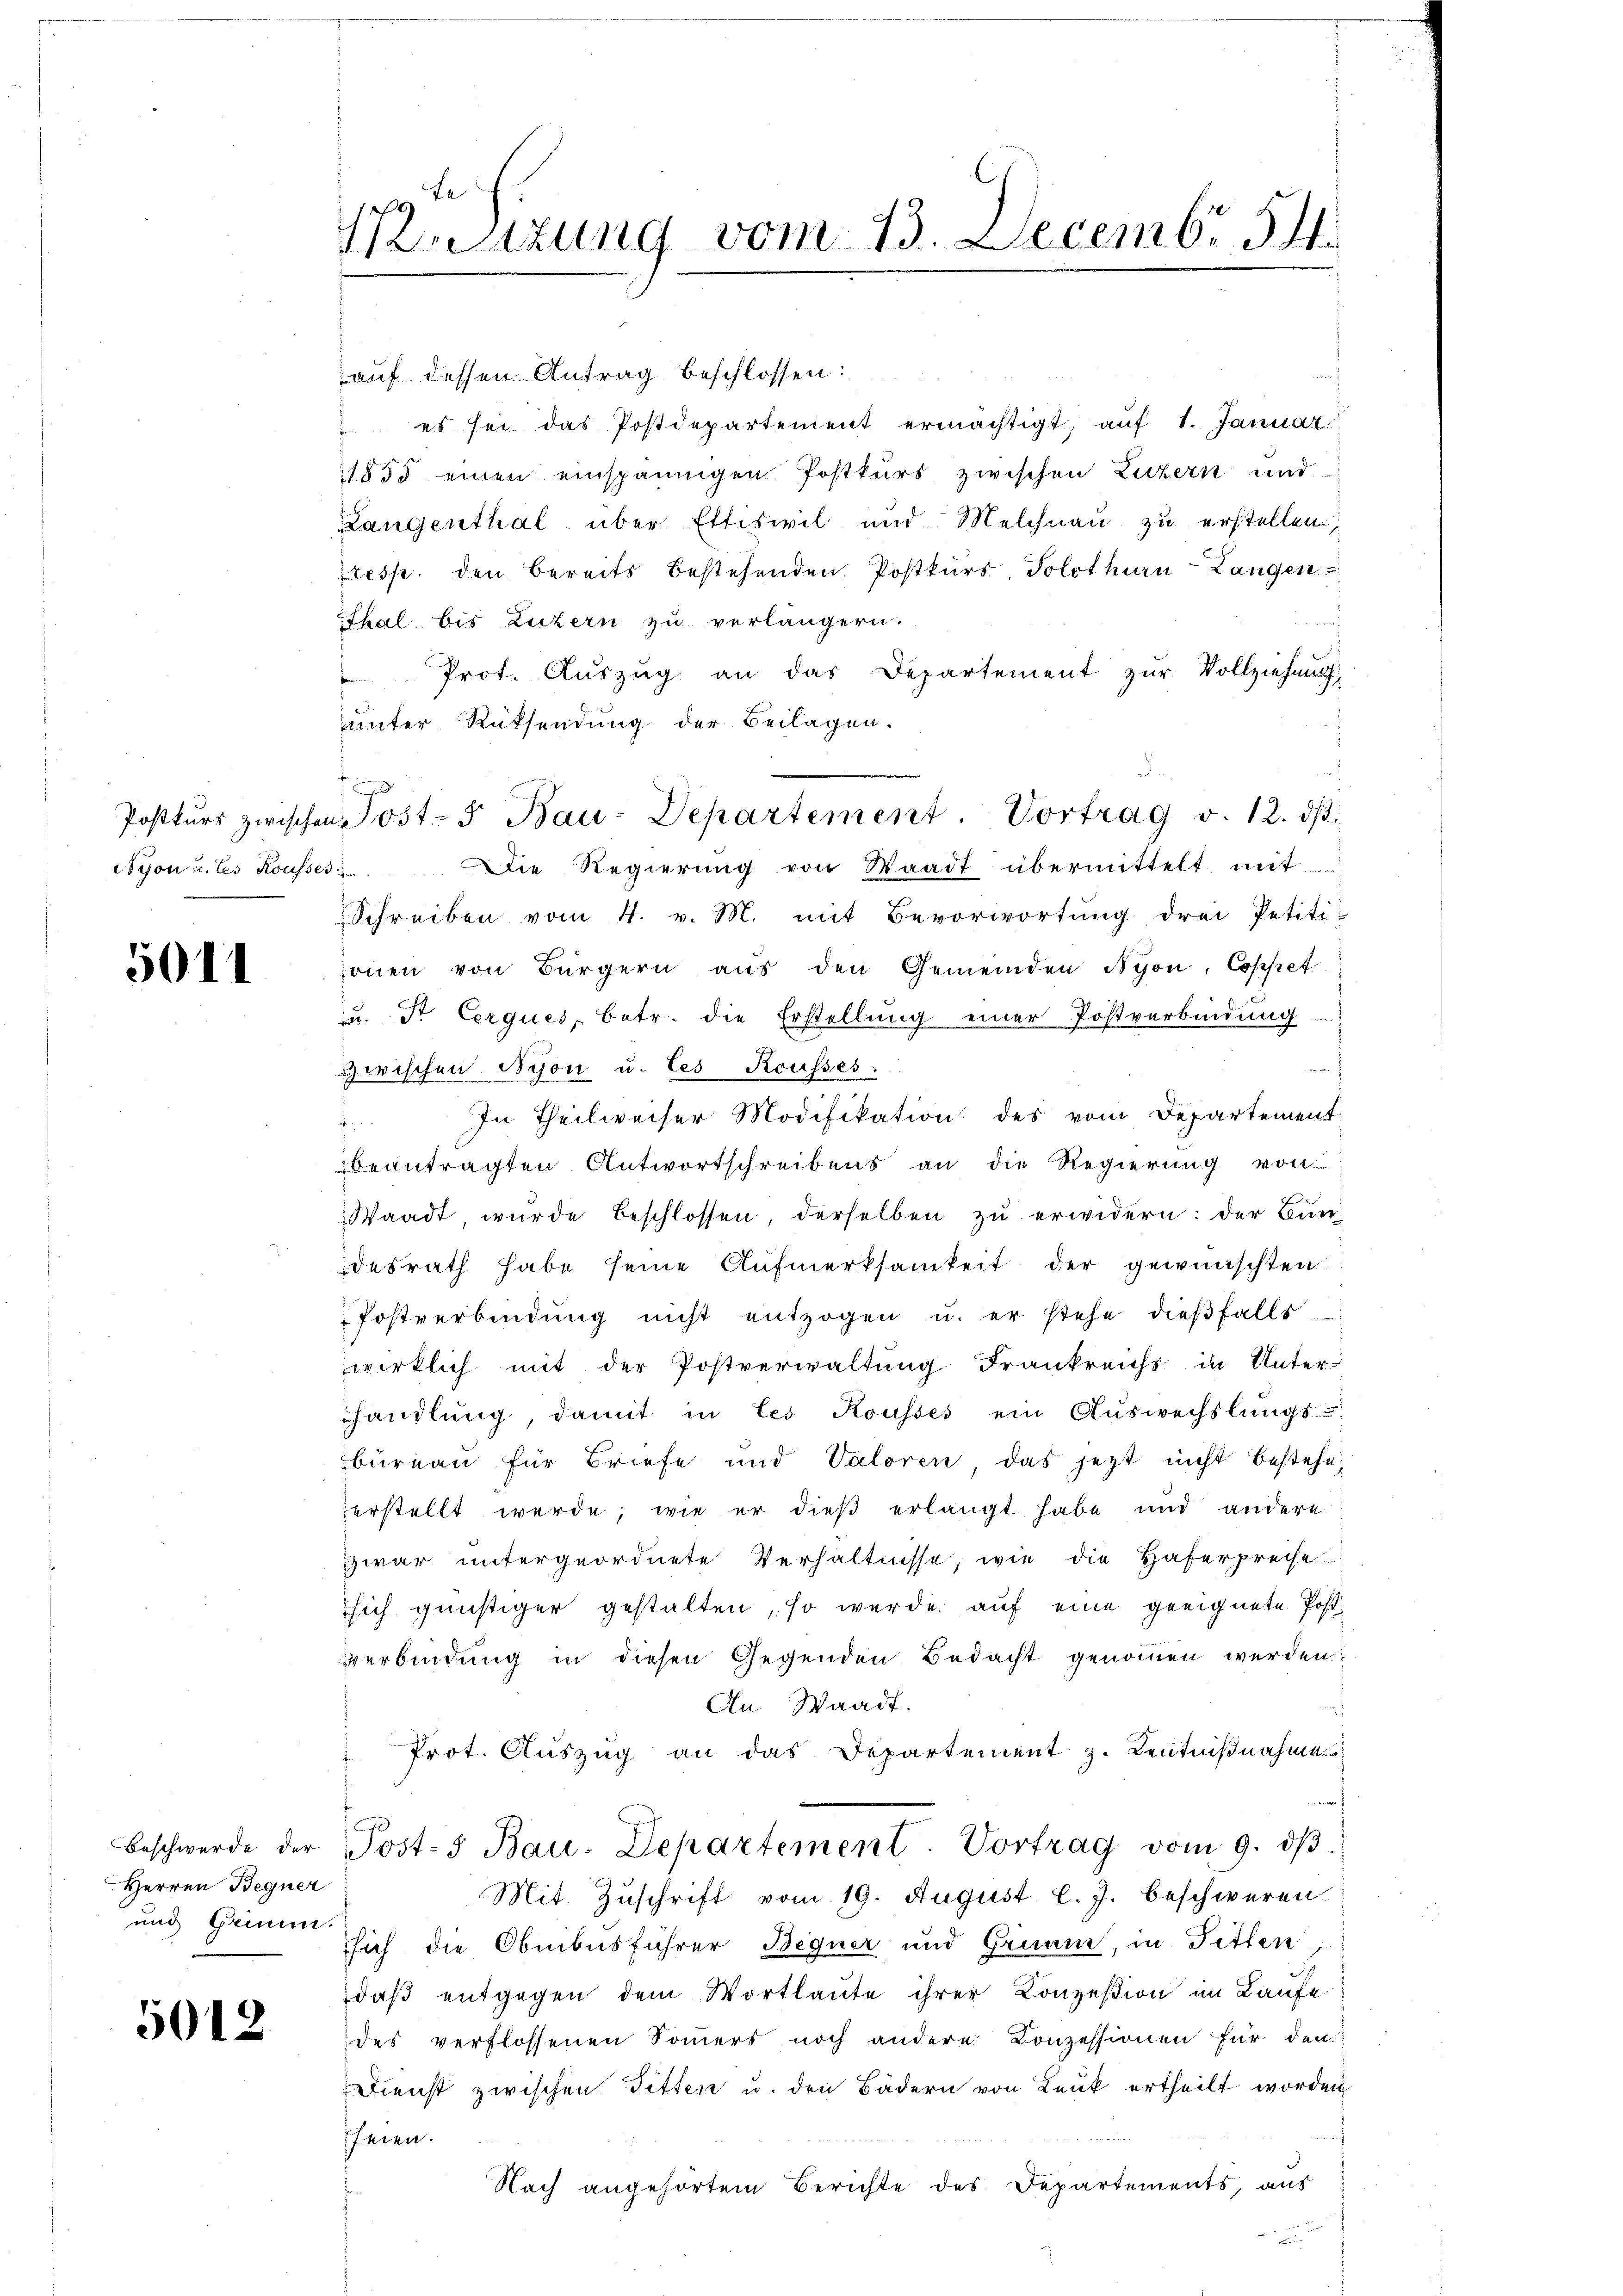
Nyon u. Les Kousses

5011

Herren Begner
und Grimm.

5012

Westzung vom 13. Decemb. 54.

auf dessen Antrag beschlossen:
 es sei das Postdepartement ermächtigt, auf 1. Januar
1855 einen einspännigen Postkurs zwischen Luzern und
Langenthal über Ettiswil und Melchnau zu erstellen,
resp. den Bereits bestehenden Postkurs, Solothurn-Langen
Thal bis Luzern zu verlängern.
Prot. Auszug an das Departement zur Vollziehung,
unter Rücksendung der Beilagen.
5
Schreiben vom 4. v. M. mit Bevorwortung drei Petiti-
onen von Bürgern aus den Gemeinden Nyon, Coppet
zu. Dr Corques, betr. die Erstellung einer Postverbindung
Zwischen Nyon u. les Reusses.
.
In Theilweiser Modifikation des vom Departement

beantragten Antwortschreibens an die Regierung von
Waadt, wurde beschlossen, derselben zu erwidern: der Bundesrath habe seine Aufmerksamkeit der gewünschten
Postverbindŭng nicht entzogen u. er stehe dieβfalls
wirklich mit der Postverwaltung Frankreichs in Unter-
handlung, damit in les Kousses ein Aŭswechslungs-
bureau für Briefe und Valoren das jetzt nicht bestehe,
verstellt werde, wie er dieß erlangt habe und andere
zwar untergeordnete Verhältnisse, wie die Haferpreise
sich günstiger gestalten, so werde auf eine geeignete Postverbindung in diesen Gegenden Bedacht genommen werden:
An Waadt.
i
 Prot. Auszug an das Departement z. Kenntnißnahme
Beschwerde der Post-s Bau-Departement. Vortrag vom 9. dβ.
Mit Zuschrift vom 19. August l. J. beschweren
sich die Obnibusführer Begner und Grimm, in Sitten
daß entgegen dem Wortlaute ihrer Konzesion im Laufe
des verflossenen Sommers noch andere Conzessionen für den
Dienst zwischen Titten u. den Bädern von Leuk ertheilt worden
feren.
Nach angehörtem Berichte des Departements, aus

Postkŭrs zwischen Post- 5. Bau-Departement. Vortrag v. 12. dβ.
Die Regierung von Waadt übermittelt mit